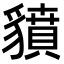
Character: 𧴍